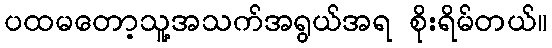
ပထမတော့သူ့အသက်အရွယ်အရ စိုးရိမ်တယ်။